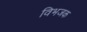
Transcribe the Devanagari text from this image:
विभजक